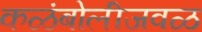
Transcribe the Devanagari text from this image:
कळंबोलीजवळ